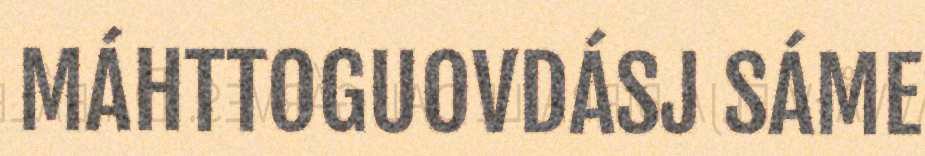
MÁHTTOGUOVDÁSJ SÁME